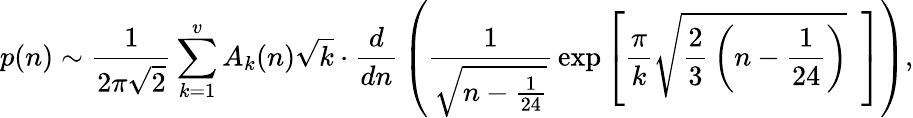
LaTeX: p(n)\sim{\frac{1}{2\pi{\sqrt{2}}}}\sum_{k=1}^{v}A_{k}(n){\sqrt{k}}\cdot{\frac{d}{dn}}\left({{\frac{1}{\sqrt{n-{\frac{1}{24}}}}}\exp\left[{{\frac{\pi}{k}}{\sqrt{{\frac{2}{3}}\left(n-{\frac{1}{24}}\right)}}}\, \, \, \right]}\right),